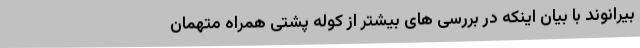
بیرانوند با بیان اینکه در بررسی های بیشتر از کوله پشتی همراه متهمان